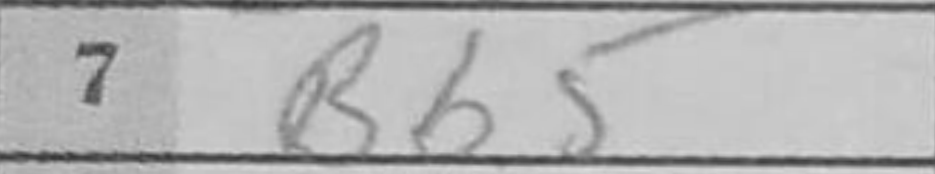
Transcription: Bb5